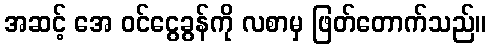
အဆင့် အေ ဝင်ငွေခွန်ကို လစာမှ ဖြတ်တောက်သည်။